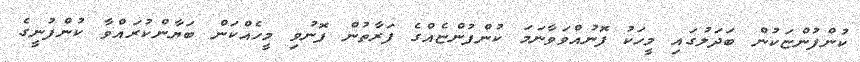
ކުންފުންޏަކުން ބަދަލުގައި މީހަކު ފޮނުއްވަވާނަމަ ކުންފުންޏެއްގެ ފަރާތުން ފޮނުވި މީހެއްކަން ބަޔާންކުރައްވާ ކުންފުނީގެ